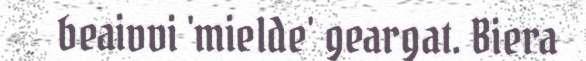
beaivvi 'mielde' geargat. Biera